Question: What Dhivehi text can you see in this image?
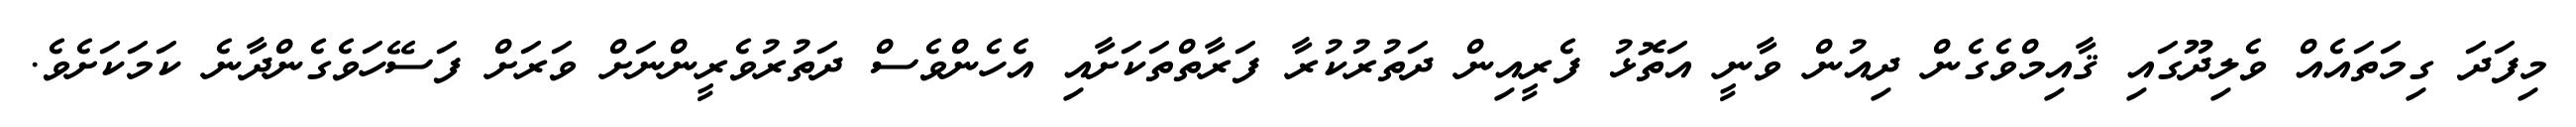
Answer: މިފަދަ ގިމަތައެއް ވެލިދޫގައި ޤާއިމްވެގެން ދިއުން ވާނީ އަތޮޅު ފެރީއިން ދަތުރުކުރާ ފަރާތްތަކަށާއި އެހެންވެސް ދަތުރުވެރީންނަށް ވަރަށް ފަސޭހަވެގެންދާނެ ކަމަކަށެވެ.